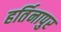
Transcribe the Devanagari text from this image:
हर्तिनापुर